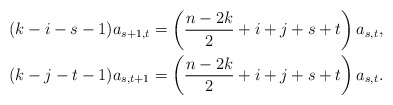
\begin{align*} (k-i-s-1)a_{s+1,t} & = \left(\frac{n-2k}{2}+i+j+s+t\right)a_{s,t} , \\ (k-j-t-1)a_{s,t+1} & = \left(\frac{n-2k}{2}+i+j+s+t\right)a_{s,t} . \end{align*}